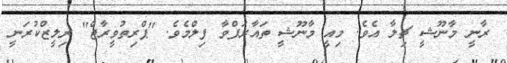
ރާނީ މާނޫޝީ ޗިލާ އެވެ. މިއީ މާނޫޝީ ތައާރަފްވާ ފިލްމެވެ. "ޕްރިތުވީރާޖް" ރިލީޒްކުރަނީ